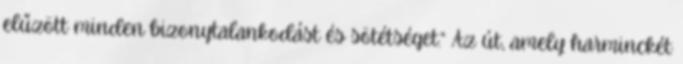
elűzött minden bizonytalankodást és sötétséget.” Az út, amely harminckét